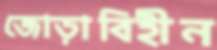
জোড়াবিহীন